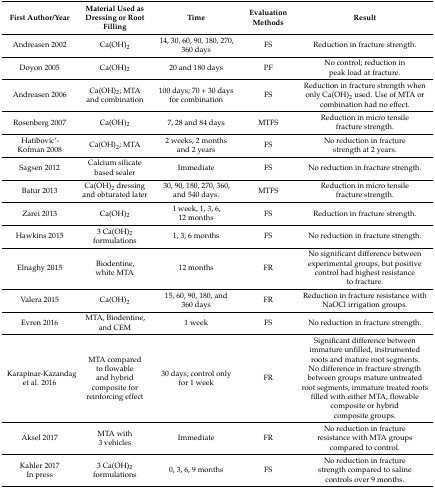
| First Author/Year | Material Used as Dressing or Root Filling | Time | Evaluation Methods | Result |
 | --- | --- | --- | --- | --- |
 | Andreasen 2002 | Ca(OH)2 | 14, 30, 60, 90, 180, 270, 360 days | FS | Reduction in fracture strength. |
 | Doyon 2005 | Ca(OH)2 | 20 and 180 days | PF | No control; reduction in peak load at fracture. |
 | Andreasen 2006 | Ca(OH)2; MTA and combination | 100 days; 70 + 30 days for combination | FS | Reduction in fracture strength when only Ca(OH)2 used. Use of MTA or combination had no effect. |
 | Rosenberg 2007 | Ca(OH)2 | 7, 28 and 84 days | MTFS | Reduction in micro tensile fracture strength. |
 | Hatibovic’-Kofman 2008 | Ca(OH)2; MTA | 2 weeks, 2 months and 2 years | FS | No reduction in fracture strength at 2 years. |
 | Sagsen 2012 | Calcium silicate based sealer | Immediate | FS | No reduction in fracture strength. |
 | Batur 2013 | Ca(OH)2 dressing and obturated later | 30, 90, 180, 270, 360, and 540 days. | MTFS | Reduction in micro tensile fracture strength. |
 | Zarei 2013 | Ca(OH)2 | 1 week, 1, 3, 6, 12 months | FS | Reduction in fracture strength. |
 | Hawkins 2015 | 3 Ca(OH)2 formulations | 1, 3, 6 months | FS | No reduction in fracture strength. |
 | Elnaghy 2015 | Biodentine, white MTA | 12 months | FR | No significant difference between experimental groups, but positive control had highest resistance to fracture. |
 | Valera 2015 | Ca(OH)2 | 15, 60, 90, 180, and 360 days | FR | Reduction in fracture resistance with NaOCl irrigation groups. |
 | Evren 2016 | MTA, Biodentine, and CEM | 1 week | FS | No reduction in fracture strength. |
 | Karapinar-Kazandag et al. 2016 | MTA compared to flowable and hybrid composite for reinforcing effect | 30 days; control only for 1 week | FR | Significant difference between immature unfilled, instrumented roots and mature root segments.No difference in fracture strength between groups mature untreated root segments, immature treated roots filled with either MTA, flowable composite or hybrid composite groups. |
 | Aksel 2017 | MTA with 3 vehicles | Immediate | FR | No reduction in fracture resistance with MTA groups compared to control. |
 | Kahler 2017 In press | 3 Ca(OH)2 formulations | 0, 3, 6, 9 months | FS | No reduction in fracture strength compared to saline controls over 9 months. |